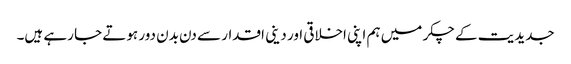
جدیدیت کے چکر میں ہم اپنی اخلاقی اور دینی اقدار سے دن بدن دور ہوتے جا رہے ہیں۔